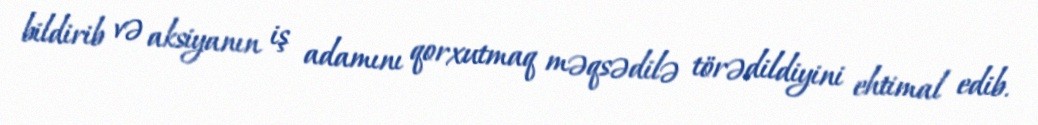
bildirib və aksiyanın iş adamını qorxutmaq məqsədilə törədildiyini ehtimal edib.